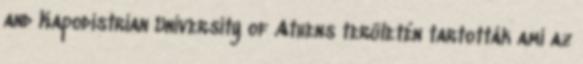
and Kapodistrian University of Athens területén tartották ami az